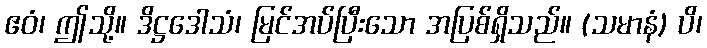
ဧဝံ၊ ဤသို့။ ဒိဋ္ဌဒေါသံ၊ မြင်အပ်ပြီးသော အပြစ်ရှိသည်။ (သမာနံ) ပိ၊